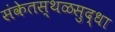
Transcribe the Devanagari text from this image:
संकेतस्थळसुद्धा